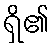
ရှိ၏